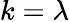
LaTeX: k=\lambda